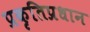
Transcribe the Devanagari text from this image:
प्रकृतिप्रधान